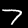
Digit: 7